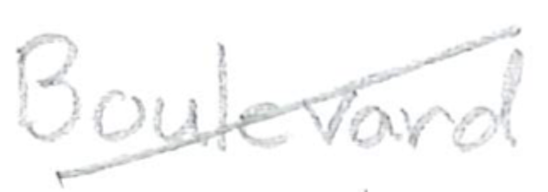
Text: Boulevard
Cross-out: diagonal
Writing tool: pencil